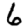
Digit: 6